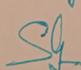
Signature authenticity: genuine